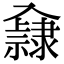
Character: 𨾁